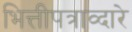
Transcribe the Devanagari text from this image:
भित्तीपत्राव्दारे